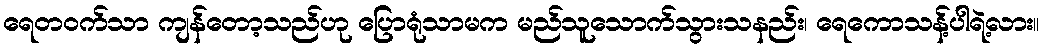
ရေတဝက်သာ ကျန်တော့သည်ဟု ပြောရုံသာမက မည်သူသောက်သွားသနည်း၊ ရေကောသန့်ပါရဲ့လား။